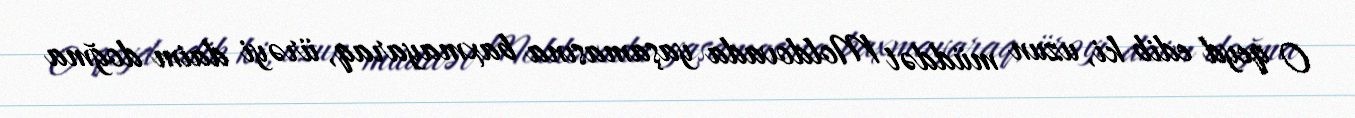
O qeyd edib ki, uzun müddət Moldovada yaşamasına baxmayaraq, ürəyi daim doğma